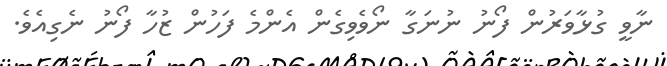
ނާވީ ގުޅާވަރުން ފޯނު ނުނަގާ ނޯވެވިގެން އެންމެ ފަހުން ޒުހާ ފޯނު ނެގިއެވެ.